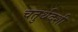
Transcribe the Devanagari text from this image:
चतुर्थदशी